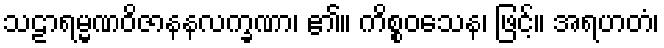
သဠာရမ္မဏဝိဇာနနလက္ခဏာ၊ ၏။ ကိစ္စဝသေန၊ ဖြင့်။ အရဟတံ၊